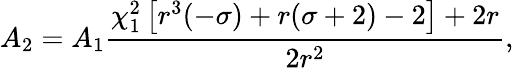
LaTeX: A_{2}=A_{1}\frac{\chi_{1}^{2}\left[r^{3}(-\sigma)+r(\sigma+2)-2\right]+2r}{2r^{2}},